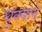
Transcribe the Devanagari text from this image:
धुक्याने